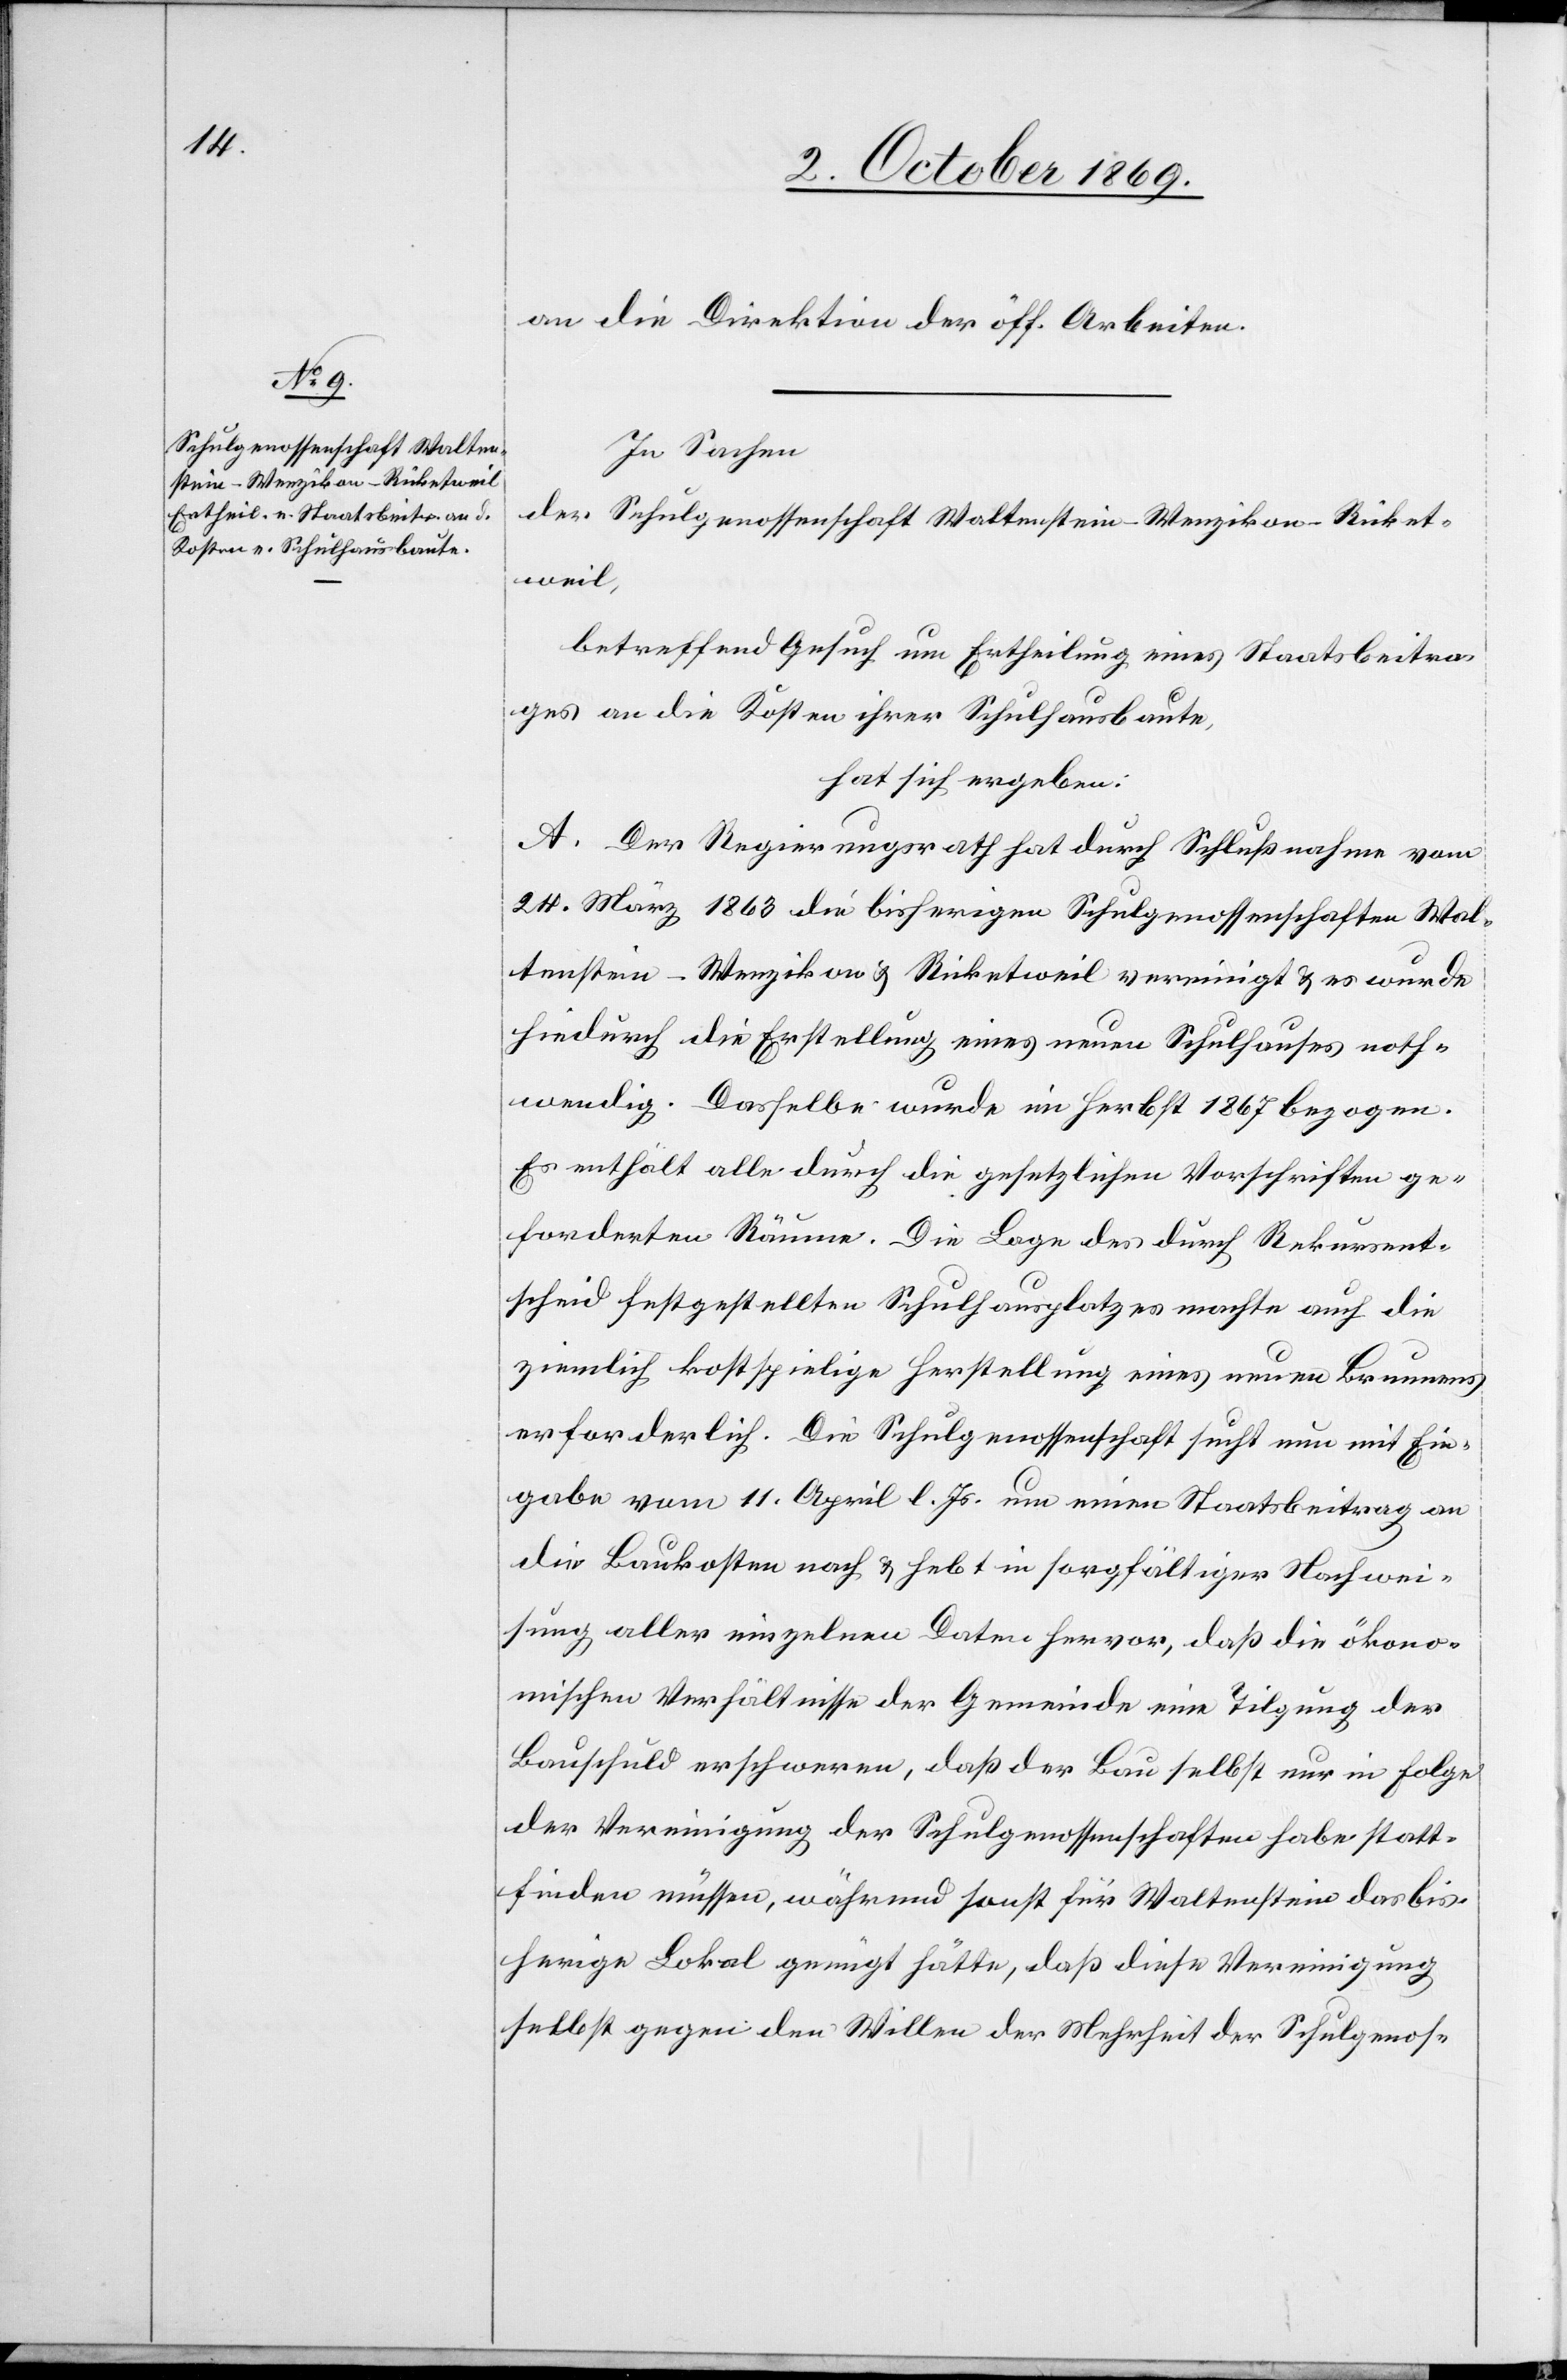
an die Direktion der öff. Arbeiten.
In Sachen
der Schulgenossenschaft Waltenstein – Wenzikon – Ricket¬
weil,
betreffend Gesuch um Ertheilung eines Staatsbeitra¬
ges an die Kosten ihrer Schulhausbaute,
hat sich ergeben:
A. Der Regierungsrath hat durch Schlußnahme vom
24. März 1863 die bisherigen Schulgenossenschaften Wal¬
tenstein – Wenzikon & Ricketweil vereinigt & es wurde
hiedurch die Erstellung eines neuen Schulhauses noth¬
wendig. Dasselbe wurde im Herbst 1867 bezogen.
Es enthält alle durch die gesetzlichen Vorschriften ge¬
forderten Räume. Die Lage des durch Rekursent¬
scheid festgestellten Schulhausplatzes machte auch die
ziemlich kostspielige Herstellung eines neuen Brunnens
erforderlich. Die Schulgenossenschaft sucht nun mit Ein¬
gabe vom 11. April l. Js. um einen Staatsbeitrag an
die Baukosten nach & hebt in sorgfältiger Nachwei¬
sung aller einzelnen Daten hervor, daß die ökono¬
mischen Verhältnisse der Gemeinde eine Tilgung der
Bauschuld erschweren, daß der Bau selbst nur in Folge
der Vereinigung der Schulgenossenschaften habe statt¬
finden müssen, während sonst für Waltenstein das bis¬
herige Lokal genügt hätte, daß diese Vereinigung
selbst gegen den Willen der Mehrheit der Schulgenos-